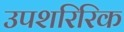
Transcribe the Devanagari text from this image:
उपशरिरिक